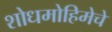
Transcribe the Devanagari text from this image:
शोधमोहिमेचे